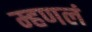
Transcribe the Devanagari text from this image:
म्हणलं